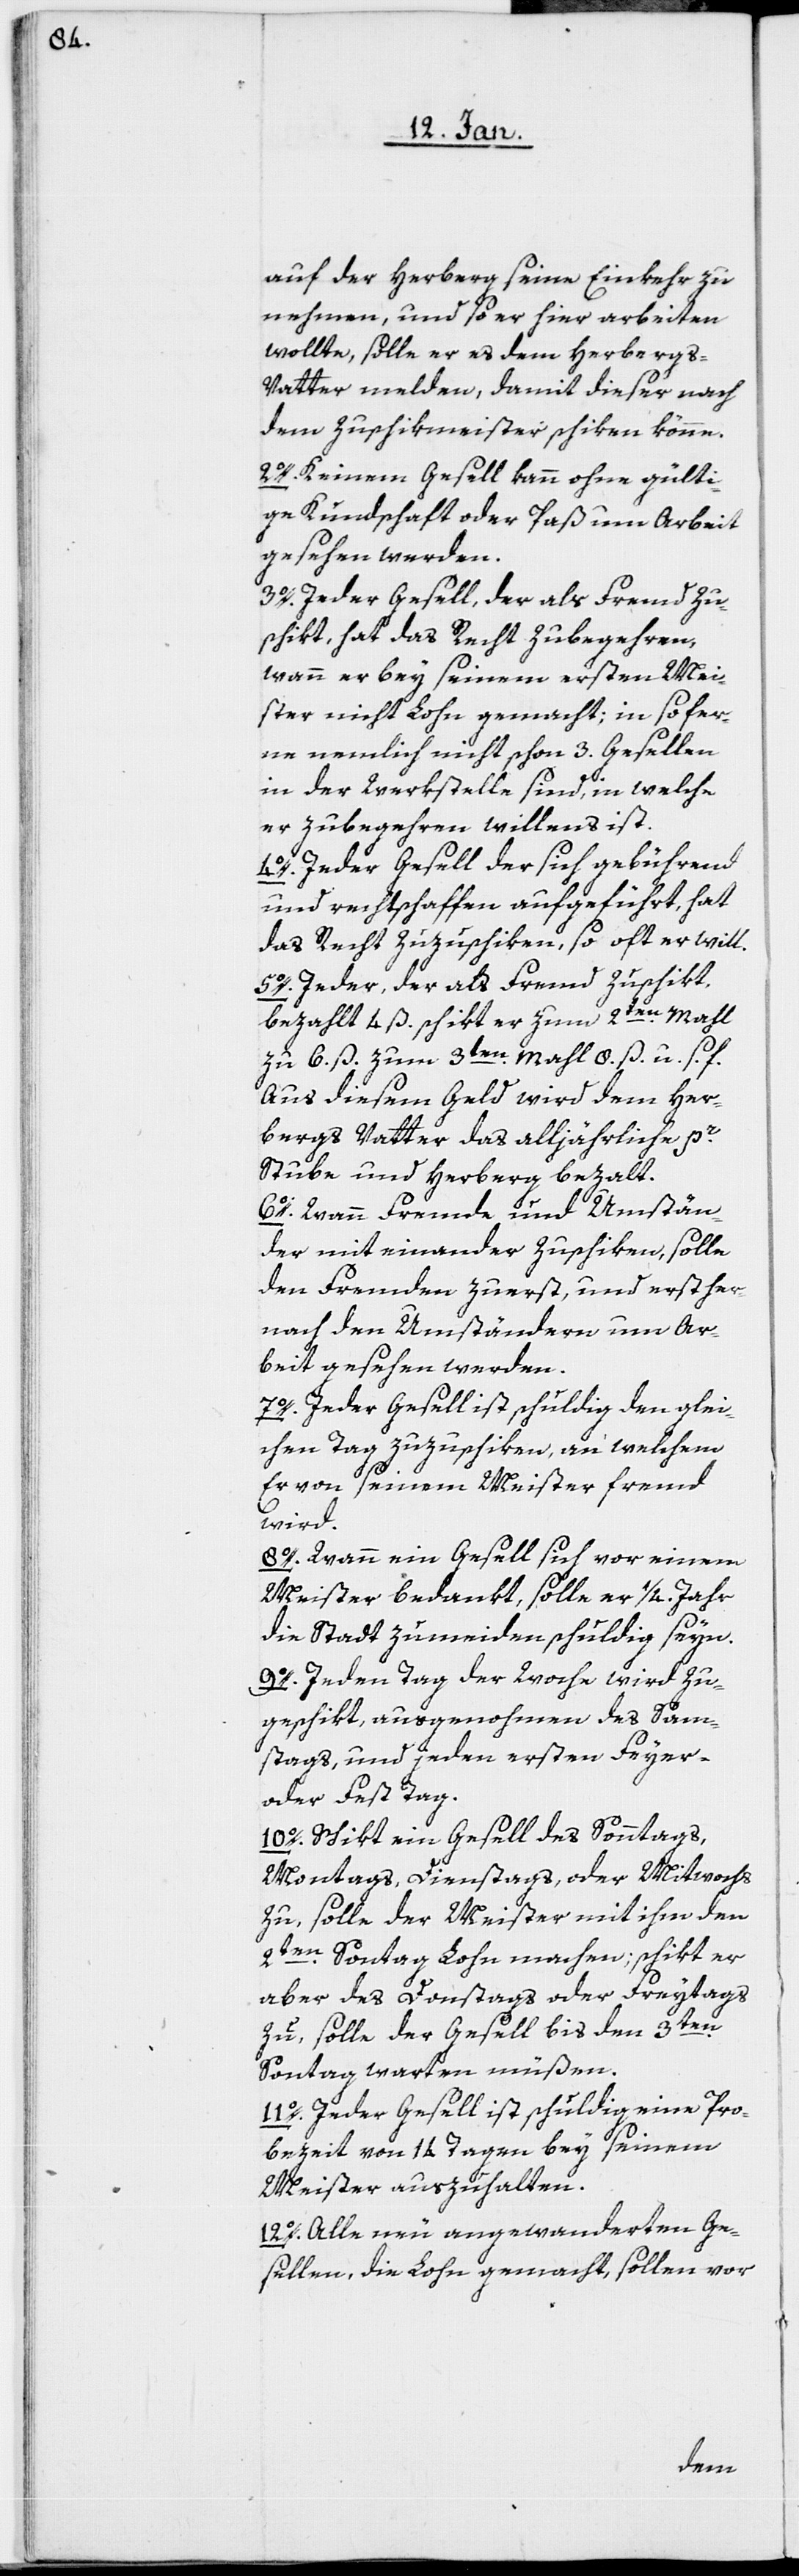
auf der Herberg seine Einkehr zu
nehmen, und so er hier arbeiten
wollte, solle er es dem Herberg¬
s-Vatter melden, damit dieser nach
dem Zuschikmeister schiken könne.
2o. Keinem Gesell kann ohne gülti¬
ge Kundschaft oder Paß um Arbeit
gesehen werden.
3o. Jeder Gesell, der als Freund zu¬
schikt, hat das Recht zu begehren,
wann er bey seinem ersten Mei¬
ster nicht Lohn gemacht; in so fer¬
ne nemlich nicht schon 3. Gesellen
in der Werkstelle sind, in welche
er zubegehren willens ist.
4o. Jeder Gesell, der sich gebührend
und rechtschaffen aufgeführt, hat
das Recht zuzuschiken, so oft er will.
5o. Jeder, der als Freund zuschikt,
bezahlt 4 ß. schikt er zum 2ten. Mahl
zu 6. ß. zum 3ten. Mahl 8. ß. u. s. f.
Aus diesem Geld wird dem Her¬
bergs Vatter das alljährliche pr.
Stube und Herberg bezahlt.
6o. Wann Fremde und Umstän¬
der miteinander zuschiken, solle
den Fremden zuerst, und erst her¬
nach den Umständern um Ar¬
beit gesehen werden.
7o. Jeder Gesell ist schuldig, den glei¬
chen Tag zuzuschiken, an welchem
Er von seinem Meister fremd
wird.
8o. Wann ein Gesell sich vor einem
Meister bedankt, solle er 1/4. Jahr
die Stadt zumeiden schuldig seyn.
9o. Jeden Tag der Woche wird zu¬
geschikt, ausgenohmen des Sam¬
stags, und jeden ersten Feyer-
oder Fest Tag.
10o. Schikt ein Gesell des Sonntags,
Montags, Dienstags, oder Mittwochs
zu, solle der Meister mit ihm den
2ten. Sontag Lohn machen; schikt er
aber des Donstags oder Freytags
zu, solle der Gesell bis den 3ten.
Sontag warten müßen.
11o. Jeder Gesell ist schuldig, eine Pro¬
bezeit von 14 Tagen bey seinem
Meister auszuhalten.
12o. Alle neu angewanderten Ge¬
sellen, die Lohn gemacht, sollen vor